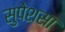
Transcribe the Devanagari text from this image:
सुपेशसा